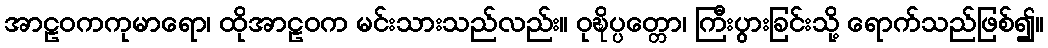
အာဠဝကကုမာရော၊ ထိုအာဠဝက မင်းသားသည်လည်း။ ဝုဍ္ဎိပ္ပတ္တော၊ ကြီးပွားခြင်းသို့ ရောက်သည်ဖြစ်၍။